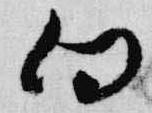
向